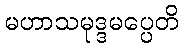
မဟာသမုဒ္ဒမပ္ပေတိ